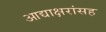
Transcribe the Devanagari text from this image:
आद्याक्षरांसह